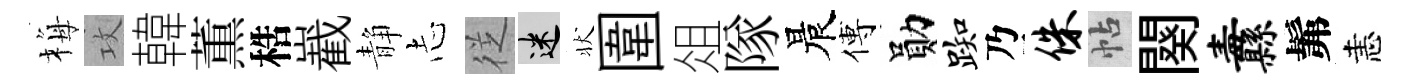
梅攻韓薫梏嶻静𢖽徔迷状圍俎隊晨傅勛踟乃侏帖闋纛髴恚